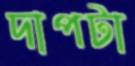
দাপটা